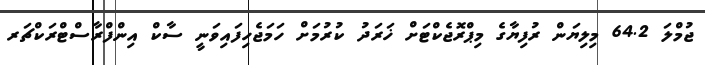
ޖުމްލަ 64.2 މިލިޔަން ރުފިޔާގެ މިޕްރޮޖެކްޓަށް ޚަރަދު ކުރުމަށް ހަމަޖެހިފައިވަނީ ސާކް އިންފްރާސްޓްރަކްޗަރ